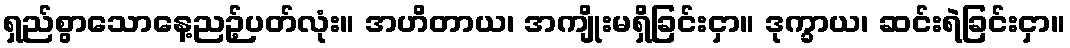
ရှည်စွာသောနေ့ညဉ့်ပတ်လုံး။ အဟိတာယ၊ အကျိုးမရှိခြင်းငှာ။ ဒုက္ခာယ၊ ဆင်းရဲခြင်းငှာ။